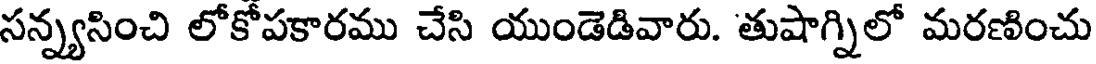
సన్న్యసించి లోకోపకారము చేసి యుండెడివారు. తుషాగ్నిలో మరణించు